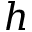
h